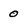
Character: 0